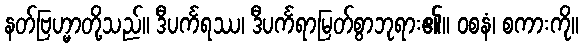
နတ်ဗြဟ္မာတို့သည်။ ဒီပင်္ကရဿ၊ ဒီပင်္ကရာမြတ်စွာဘုရား၏။ ဝစနံ၊ စကားကို။